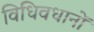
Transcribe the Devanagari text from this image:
विधिवधानों